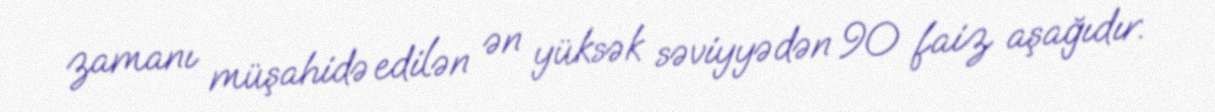
zamanı müşahidə edilən ən yüksək səviyyədən 90 faiz aşağıdır.